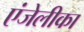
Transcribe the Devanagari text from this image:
एंजेलीका